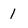
Character: 1